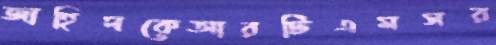
জাহিদকেআরটিএমসর